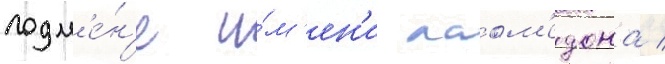
подм'е́н'е и́м'ен'и лаом'едона /